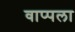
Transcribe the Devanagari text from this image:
वाप्पला